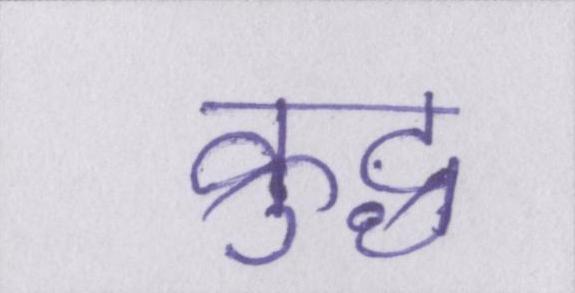
क्रुद्ध